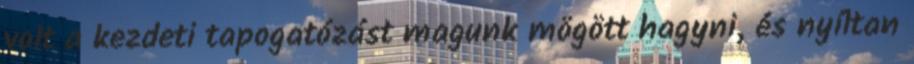
volt a kezdeti tapogatózást magunk mögött hagyni, és nyíltan